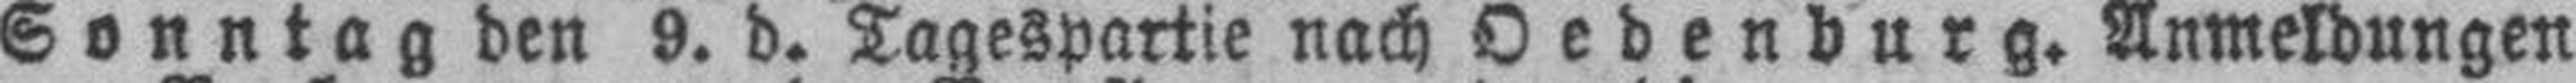
Sonntag den 9. d. Tagespartie nach Oedenburg. Anmeldungen